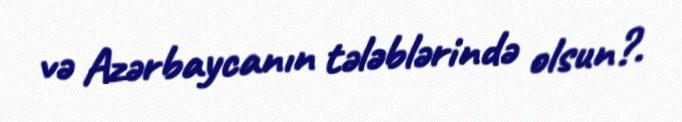
və Azərbaycanın tələblərində olsun?.